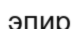
эпир